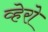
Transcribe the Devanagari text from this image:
व्हेरो